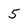
Character: 5